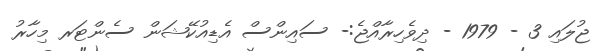
ޖުލައި 3 - 1979 - ދިވެހިރާއްޖެ:- ސައިންސް އެޑިއުކޭޝަން ސެންޓަރ މިހާރު